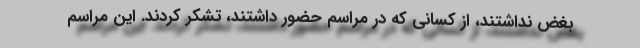
بغض نداشتند، از کسانی که در مراسم حضور داشتند، تشکر کردند. این مراسم